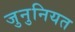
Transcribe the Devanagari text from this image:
जुनुनियत